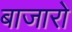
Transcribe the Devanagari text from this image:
बाजारो